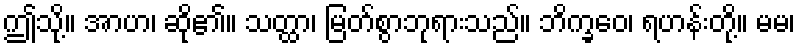
ဤသို့။ အာဟ၊ ဆို၏။ သတ္ထာ၊ မြတ်စွာဘုရားသည်။ ဘိက္ခဝေ၊ ရဟန်းတို့။ မမ၊